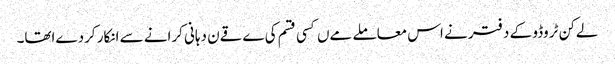
لےکن ٹروڈو کے دفتر نے اس معاملے مےں کسی قسم کی ےقےن دہانی کرانے سے انکار کردےاتھا۔